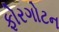
ફોરગોટન